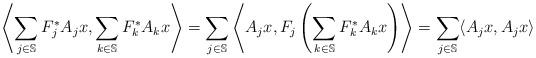
LaTeX: \begin{align*}\left\langle\sum_{j\in \mathbb{S}}F_j^*A_jx, \sum_{k\in \mathbb{S}}F_k^*A_kx\right\rangle= \sum_{j\in \mathbb{S}}\left\langle A_jx, F_j\left(\sum_{k\in \mathbb{S}}F_k^*A_kx\right) \right\rangle=\sum_{j\in \mathbb{S}}\langle A_jx,A_jx \rangle\end{align*}